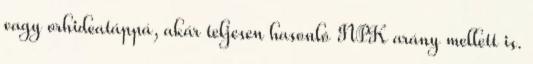
vagy orhideatáppá, akár teljesen hasonló NPK arány mellett is.